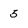
Character: 5